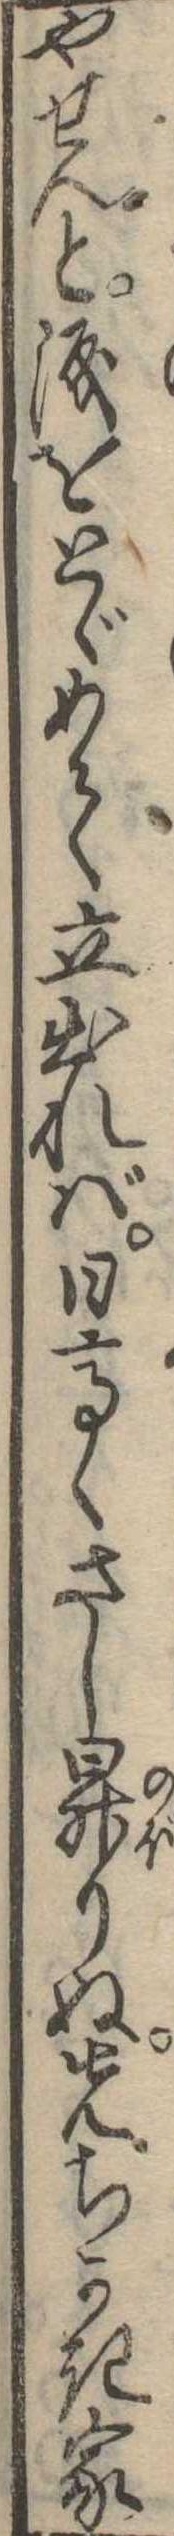
やせんと涙をとゞめて立出れば日高くさし昇りぬ先ちかき家